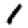
Digit: 1